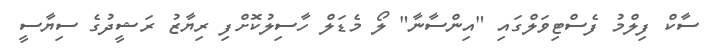
ސާކް ފިލްމު ފެސްޓިވަލްގައި "އިންސާނާ" ލޯ މެޑަލް ހާސިލުކޮށްފި ރިޔާޒު ރަޝީދުގެ ސިޔާސީ